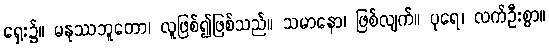
ရှေး၌။ မနုဿဘူတော၊ လူဖြစ်၍ဖြစ်သည်။ သမာနော၊ ဖြစ်လျက်။ ပုရေ၊ လက်ဦးစွာ။